Vaccination report Assam 1874-1896 - 1874-1896
Year: 1874
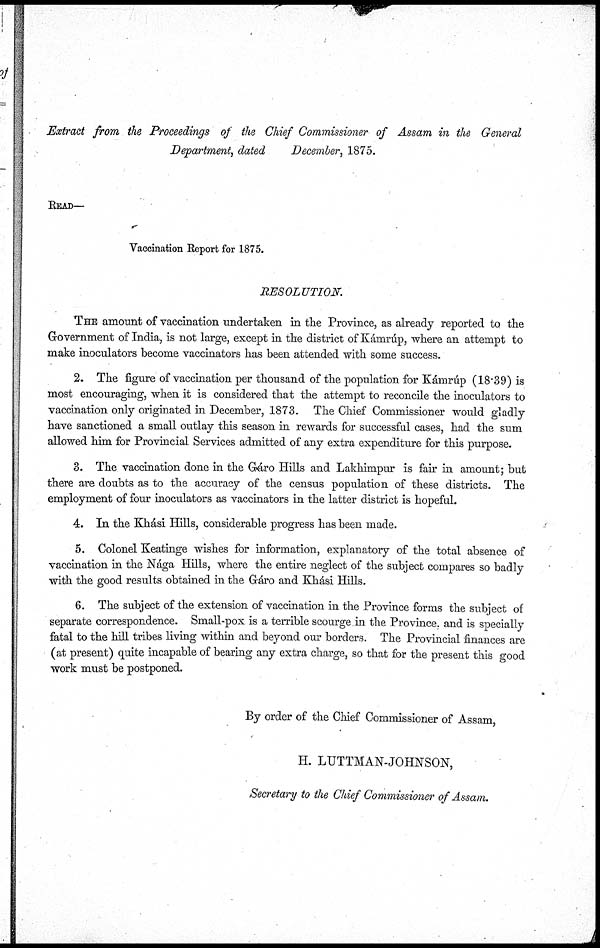
Extract from the Proceedings of the Chief Commissioner of Assam in the General
Department, dated
December, 1875.
READ—
Vaccination Report for 1875.
RESOLUTION.
THE amount of vaccination undertaken in the Province, as already reported to the
Government of India, is not large, except in the district of Kámrúp, where an attempt to
make inoculators become vaccinators has been attended with some success.
2. The figure of vaccination per thousand of the population for Kámrúp (18.39) is
most encouraging, when it is considered that the attempt to reconcile the inoculators to
vaccination only originated in December, 1873. The Chief Commissioner would gladly
have sanctioned a small outlay this season in rewards for successful cases, had the sum
allowed him for Provincial Services admitted of any extra expenditure for this purpose.
3. The vaccination done in the Gáro Hills and Lakhimpur is fair in amount; but
there are doubts as to the accuracy of the census population of these districts. The
employment of four inoculators as vaccinators in the latter district is hopeful.
4. In the Khási Hills, considerable progress has been made.
5. Colonel Keatinge wishes for information, explanatory of the total absence of
vaccination in the Nága Hills, where the entire neglect of the subject compares so badly
with the good results obtained in the Gáro and Khási Hills.
6. The subject of the extension of vaccination in the Province forms the subject of
separate correspondence. Small-pox is a terrible scourge in the Province, and is specially
fatal to the hill tribes living within and beyond our borders. The Provincial finances are
(at present) quite incapable of bearing any extra charge, so that for the present this good
work must be postponed.
By order of the Chief Commissioner of Assam,
H. LUTTMAN-JOHNSON,
Secretary to the Chief Commissioner of Assam.